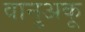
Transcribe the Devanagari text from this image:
वानुअकू